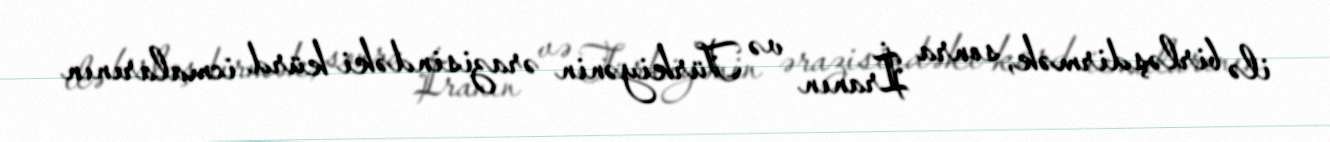
ilə birləşdirmək, sonra İranın və Türkiyənin ərazisindəki kürd icmalarının